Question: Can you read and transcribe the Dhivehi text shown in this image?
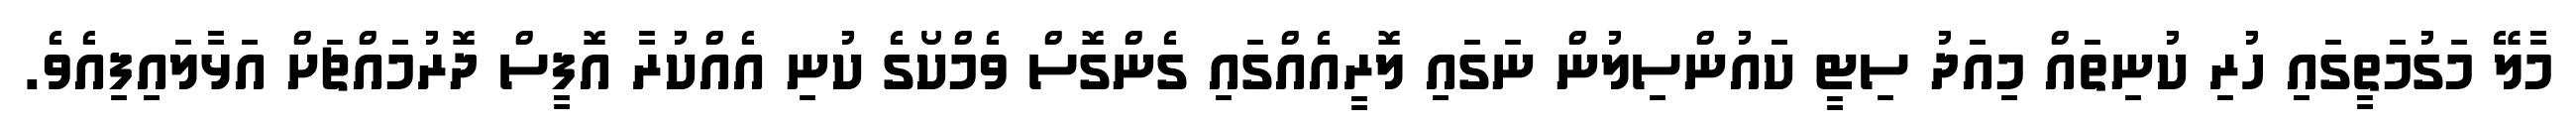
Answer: މާލޭ މަގުމަތީގައި ހުރި ކުނިތައް މިއަދު ސިޓީ ކައުންސިލުން ނަގައި ލޮރީއެއްގައި ގެންގޮސް ވެމްކޯގެ ކުނި އެއްކުރާ އޮފީސް ދޮރުމައްޗަށް އަޅާލައިފިއެވެ.